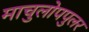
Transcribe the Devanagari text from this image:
माचुलोपपुलर